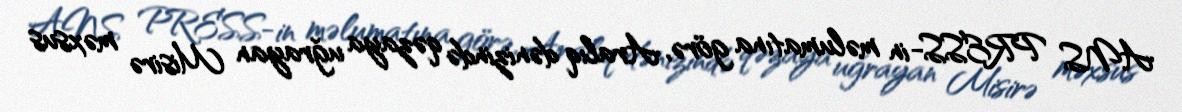
ANS PRESS-in məlumatına görə, Aralıq dənizində qəzaya uğrayan Misirə məxsus